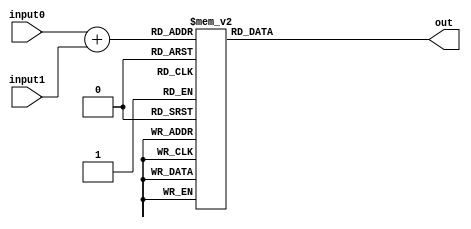
module test(input0,input1,out);

   	input [2:0]input0; 
   	input [2:0]input1;
	output reg [6:0]out;
	reg [3:0]ans;
always@(*)
begin
	ans=input0+input1;
	case(ans)
	     4'd0:
		    out=7'b1000000;
		  4'd1:
		    out=7'b1111001;
		  4'd2:
		    out=7'b0100100;
		  4'd3:
		    out=7'b0110000;
		  4'd4:
		    out=7'b0011001;
		  4'd5:
		    out=7'b0010010;
		  4'd6:
		    out=7'b0000010;
		  4'd7:
		    out=7'b1111000;
		  4'd8:
		    out=7'b0000000;
		  4'd9:
		    out=7'b0010000;
		  4'd10:
		    out=7'b0001000;
		  4'd11:
		    out=7'b0000011;
		  4'd12:
		    out=7'b1000110;
		  4'd13:
		    out=7'b0100001;
		  4'd14:
		    out=7'b0000110;
		  4'd15:
		    out=7'b0111000;
	endcase    
end
endmodule